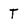
Character: T